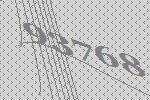
93768